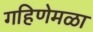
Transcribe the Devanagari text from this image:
गहिणेमळा